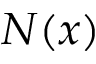
N ( x )